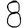
Digit: 8